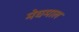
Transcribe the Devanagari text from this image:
मेघमाल